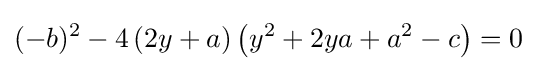
(-b)^{2}-4\left(2y+a\right)\left(y^{2}+2ya+a^{2}-c\right)=0